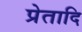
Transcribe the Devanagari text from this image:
प्रेतादि